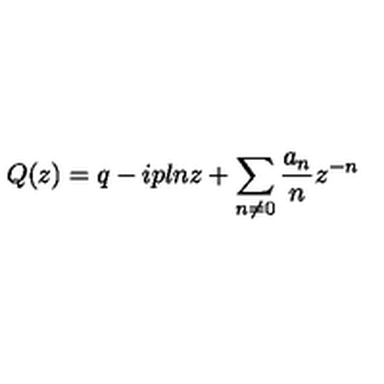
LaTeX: Q ( z ) = q - i p l n z + \sum _ { n \neq 0 } \frac { a _ { n } } { n } z ^ { - n }